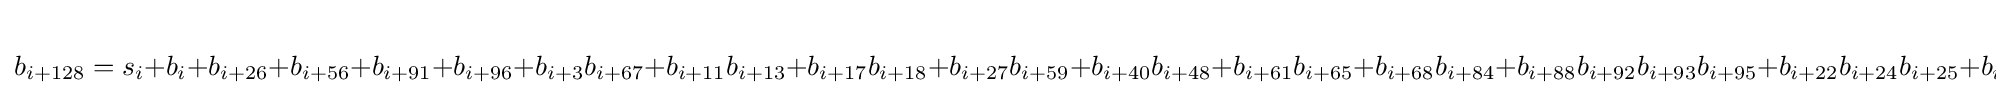
b_{i+128}=s_{i}+b_{i}+b_{i+26}+b_{i+56}+b_{i+91}+b_{i+96}+b_{i+3}b_{i+67}+b_{i+11}b_{i+13}+b_{i+17}b_{i+18}+b_{i+27}b_{i+59}+b_{i+40}b_{i+48}+b_{i+61}b_{i+65}+b_{i+68}b_{i+84}+b_{i+88}b_{i+92}b_{i+93}b_{i+95}+b_{i+22}b_{i+24}b_{i+25}+b_{i+70}b_{i+78}b_{i+82}